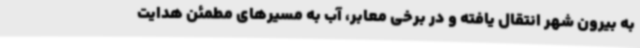
به بیرون شهر انتقال یافته و در برخی معابر، آب به مسیرهای مطمئن هدایت